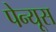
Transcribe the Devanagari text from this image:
पेन्यूस